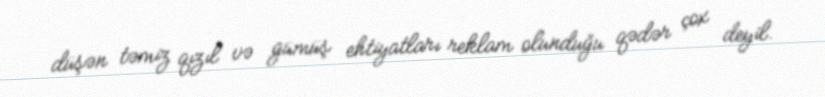
düşən təmiz qızıl və gümüş ehtiyatları reklam olunduğu qədər çox deyil.